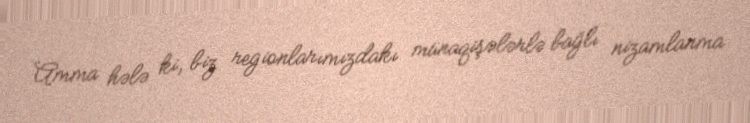
Amma hələ ki, biz regionlarımızdakı münaqişələrlə bağlı nizamlanma